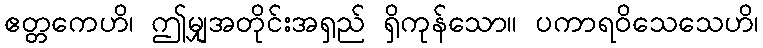
ဧတ္တကေဟိ၊ ဤမျှအတိုင်းအရှည် ရှိကုန်သော။ ပကာရဝိသေသေဟိ၊